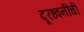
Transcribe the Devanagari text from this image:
दूरध्वनींची